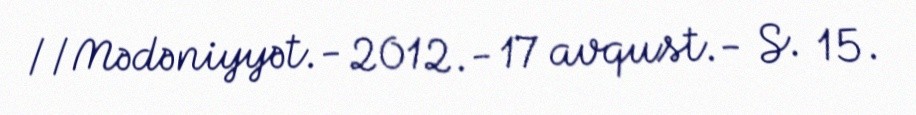
//Mədəniyyət.- 2012.- 17 avqust.- S. 15.